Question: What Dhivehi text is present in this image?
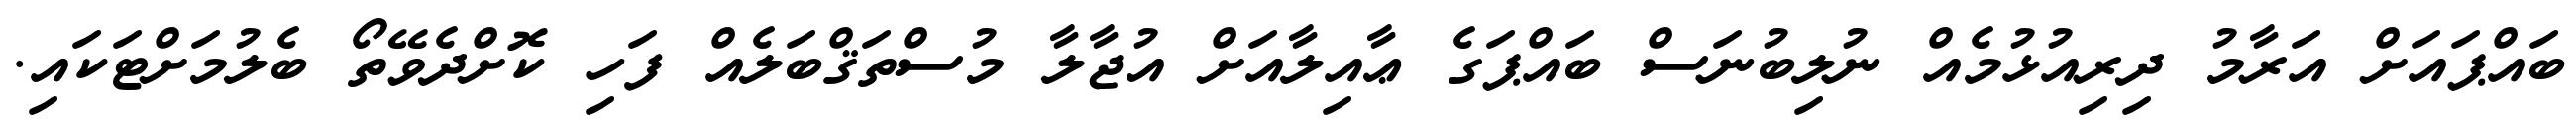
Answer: ބައްޕައަށް އަރާމު ދިރިއުޅުމެއް ނުލިބުނަސް ބައްޕަގެ ޢާއިލާއަށް އުޖާލާ މުސްތަޤްބަލެއް ފަހި ކޮށްދެވޭތޯ ބެލުމަށްޓަކައި.